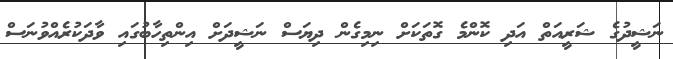
ނަޝީދުގެ ޝަރީއަތް އަދި ކޮންމެ ގޮތަކަށް ނިމިގެން ދިޔަސް ނަޝީދަށް އިންތިހާބުގައި ވާދަކުރެއްވުނަސް